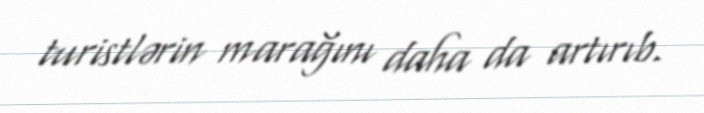
turistlərin marağını daha da artırıb.